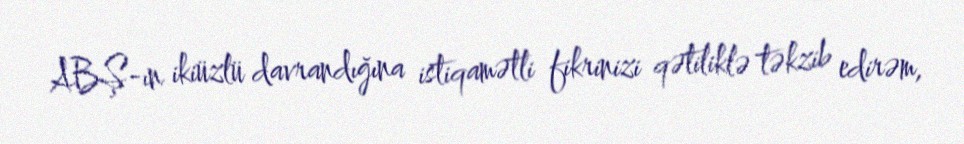
ABŞ-ın ikiüzlü davrandığına istiqamətli fikrinizi qətiliklə təkzib edirəm,